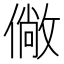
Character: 僘